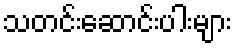
သတင်းဆောင်းပါးများ